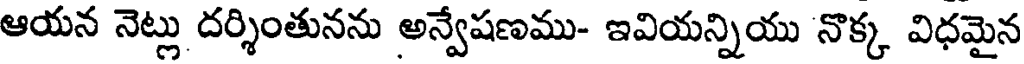
ఆయన నెట్లు దర్శింతునను అన్వేషణము- ఇవియన్నియు నొక్క విధమైన